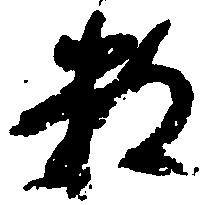
数